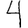
Digit: 4